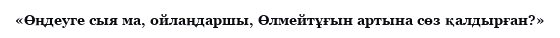
«Өңдеуге сыя ма, ойлаңдаршы, Өлмейтұғын артына сөз қалдырған?»